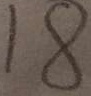
1 8